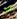
لو